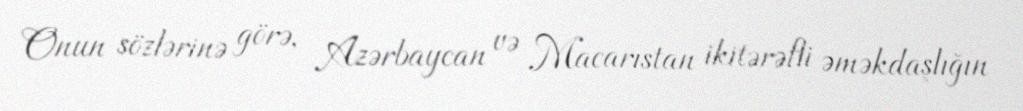
Onun sözlərinə görə, Azərbaycan və Macarıstan ikitərəfli əməkdaşlığın